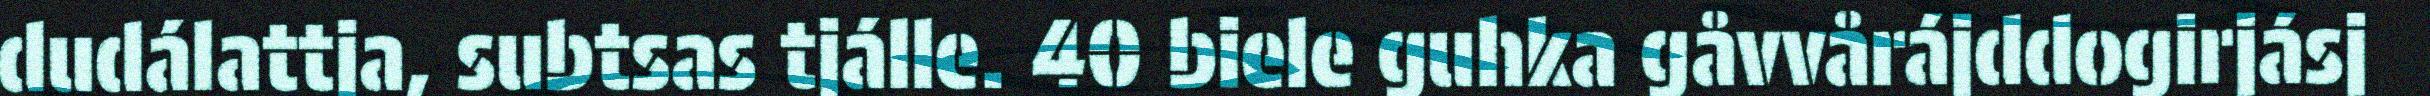
dudálattja, subtsas tjálle. 40 biele guhka gåvvårájddogirjásj